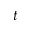
t